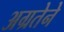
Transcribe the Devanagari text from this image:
अग्रतेने